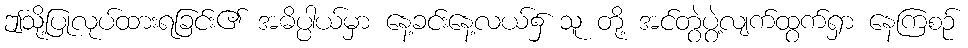
ဤသို့ပြုလုပ်ထားရခြင်း၏ အဓိပ္ပါယ်မှာ နေ့ခင်းနေ့လယ်၌ သူ တို့ အင်တွဲပွဲ့လျက်ထွက်ရှာ နေကြစဉ်